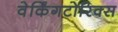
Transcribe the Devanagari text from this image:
वेर्किंगटोरिक्स